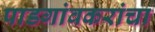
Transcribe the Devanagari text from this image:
पाडगांवकरांचा